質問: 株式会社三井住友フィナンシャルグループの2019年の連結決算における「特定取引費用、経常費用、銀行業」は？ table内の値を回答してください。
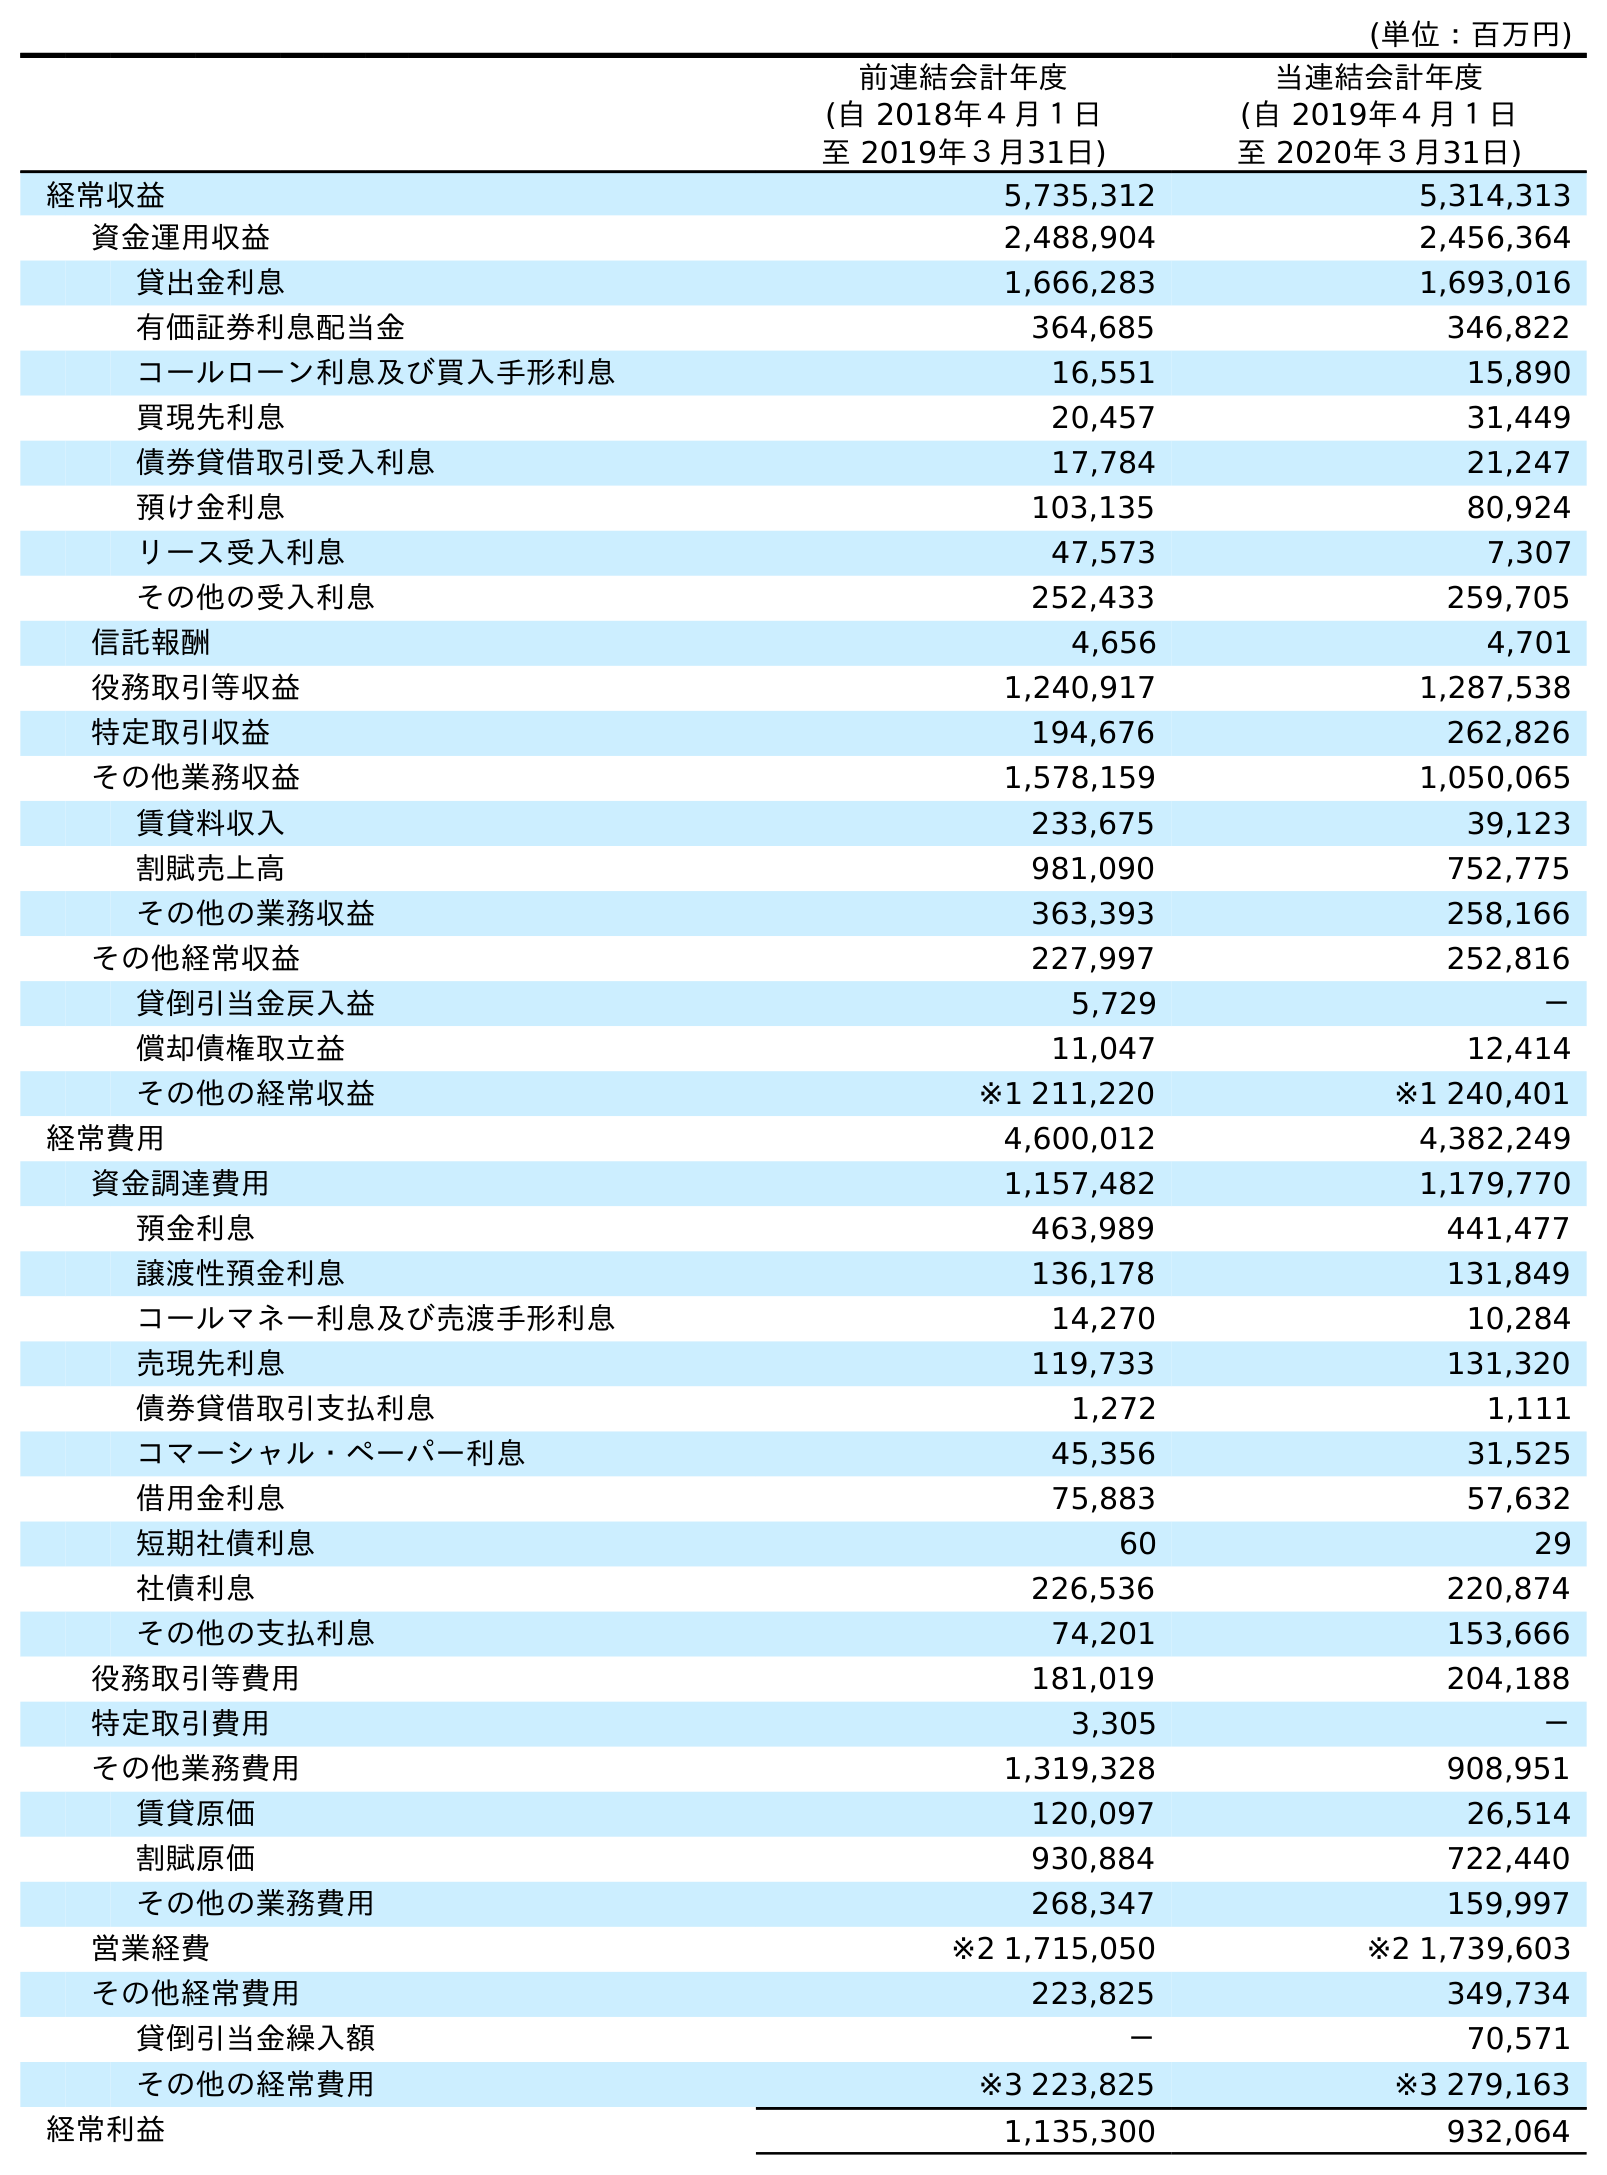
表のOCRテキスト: (単位：百万円) 前連結会計年度 (自 2018年４月１日 至 2019年３月31日) 当連結会計年度 (自 2019年４月１日 至 2020年３月31日) 経常収益 5,735,312 5,314,313 資金運用収益 2,488,904 2,456,364 貸出金利息 1,666,283 1,693,016 有価証券利息配当金 364,685 346,822 コールローン利息及び買入手形利息 16,551 15,890 買現先利息 20,457 31,449 債券貸借取引受入利息 17,784 21,247 預け金利息 103,135 80,924 リース受入利息 47,573 7,307 その他の受入利息 252,433 259,705 信託報酬 4,656 4,701 役務取引等収益 1,240,917 1,287,538 特定取引収益 194,676 262,826 その他業務収益 1,578,159 1,050,065 賃貸料収入 233,675 39,123 割賦売上高 981,090 752,775 その他の業務収益 363,393 258,166 その他経常収益 227,997 252,816 貸倒引当金戻入益 5,729 － 償却債権取立益 11,047 12,414 その他の経常収益 ※1 211,220 ※1 240,401 経常費用 4,600,012 4,382,249 資金調達費用 1,157,482 1,179,770 預金利息 463,989 441,477 譲渡性預金利息 136,178 131,849 コールマネー利息及び売渡手形利息 14,270 10,284 売現先利息 119,733 131,320 債券貸借取引支払利息 1,272 1,111 コマーシャル・ペーパー利息 45,356 31,525 借用金利息 75,883 57,632 短期社債利息 60 29 社債利息 226,536 220,874 その他の支払利息 74,201 153,666 役務取引等費用 181,019 204,188 特定取引費用 3,305 － その他業務費用 1,319,328 908,951 賃貸原価 120,097 26,514 割賦原価 930,884 722,440 その他の業務費用 268,347 159,997 営業経費 ※2 1,715,050 ※2 1,739,603 その他経常費用 223,825 349,734 貸倒引当金繰入額 － 70,571 その他の経常費用 ※3 223,825 ※3 279,163 経常利益 1,135,300 932,064
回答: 3,305